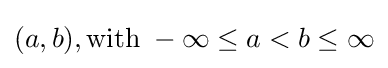
(a,b),{\text{with}}\;-\infty \leq a<b\leq \infty